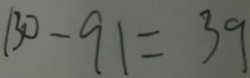
1 3 0 - 9 1 = 3 9